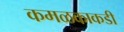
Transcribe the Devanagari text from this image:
कमळकाकडी